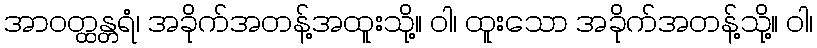
အာဝတ္ထန္တရံ၊ အခိုက်အတန့်အထူးသို့။ ဝါ၊ ထူးသော အခိုက်အတန့်သို့။ ဝါ၊